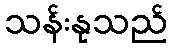
သန်းနုသည်